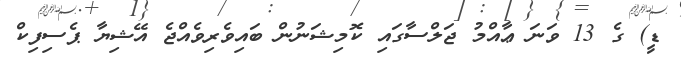
ޑީ) ގެ 13 ވަނަ ޢާއްމު ޖަލްސާގައި ކޮމިޝަނުން ބައިވެރިވެއްޖެ އޭޝިޔާ ޕެސިފިކް